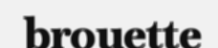
brouette